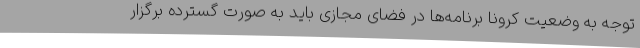
توجه به وضعیت کرونا برنامه‌ها در فضای مجازی باید به صورت گسترده برگزار